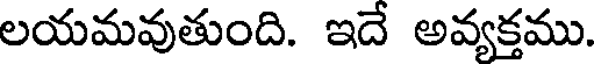
లయమవుతుంది. ఇదే అవ్యక్తము.